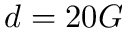
d = 2 0 G